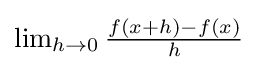
{\textstyle \lim _{h\to 0}{\frac {f(x+h)-f(x)}{h}}}